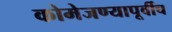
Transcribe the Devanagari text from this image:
कोमेजण्यापूर्वीच